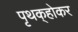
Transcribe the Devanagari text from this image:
पृथक्‌होकर